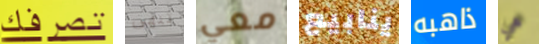
تصرفك تنهى معي ينابيع ذاهبه هي